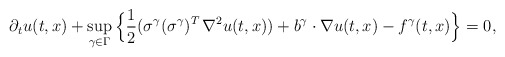
\begin{align*}\partial_t u(t,x) + \sup_{\gamma\in\Gamma} \Big\{ \frac12 (\sigma^{\gamma}(\sigma^{\gamma})^T\, \nabla^2u(t,x)) + b^{\gamma}\cdot\nabla u(t,x) - f^{\gamma}(t,x)\Big\}=0,\end{align*}